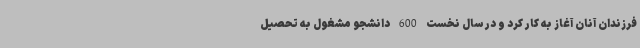
فرزندان آنان آغاز به کار کرد و در سال نخست 600 دانشجو مشغول به تحصیل